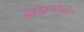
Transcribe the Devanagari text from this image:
श्रीमद्भागवद्गीता